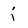
Character: i